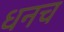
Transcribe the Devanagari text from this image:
धनच